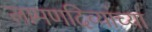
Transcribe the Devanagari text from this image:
लामणदिव्यांच्या